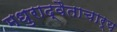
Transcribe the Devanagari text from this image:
मधुराद्वैताचार्य